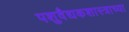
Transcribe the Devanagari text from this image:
पशुवैद्यकशास्त्राच्या